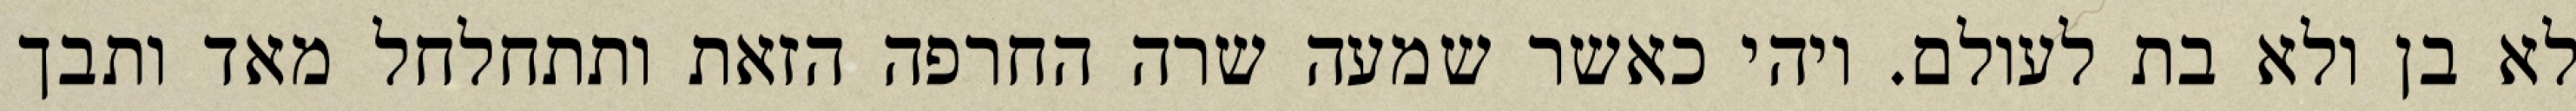
לא בן ולא בת לעולם. ויהי כאשר שמעה שרה החרפה הזאת ותתחלחל מאד ותבך